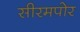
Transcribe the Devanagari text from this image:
सीरमपोर